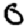
Digit: 0